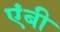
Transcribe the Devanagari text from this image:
एंबी